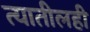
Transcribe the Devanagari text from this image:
त्यातीलही